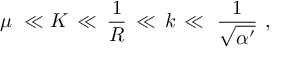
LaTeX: \mu \, \, \ll K \, \ll \, { \frac { 1 } { R } } \, \ll \, k \, \ll \, \, { \frac { 1 } { \sqrt { \alpha ^ { \prime } } } } \, \, ,